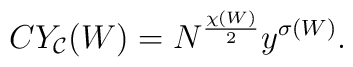
CY_{\cal C}(W) = N^\frac{\chi(W)}{2} y^{\sigma(W)}.